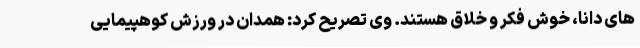
های دانا، خوش فکر و خلاق هستند. وی تصریح کرد: همدان در ورزش کوهپیمایی